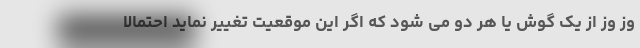
وز وز از یک گوش یا هر دو می شود که اگر این موقعیت تغییر نماید احتمالا